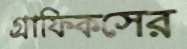
গ্রাফিকসের